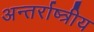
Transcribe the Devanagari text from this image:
अन्तर्राष्त्रीय